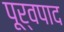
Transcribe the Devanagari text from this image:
पूर्वपाद